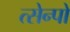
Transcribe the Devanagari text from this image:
त्सेन्पो